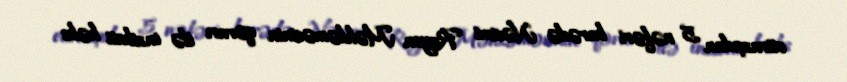
etirazçıdan 5 nəfəri barədə Nəsimi Rayon Məhkəməsinin qərarı ilə inzibati həbs